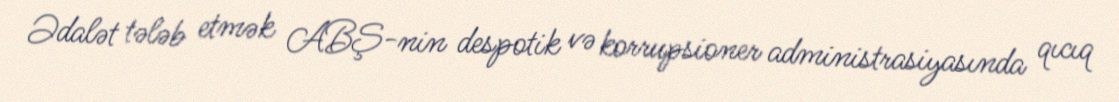
Ədalət tələb etmək ABŞ-nin despotik və korrupsioner administrasiyasında qıcıq